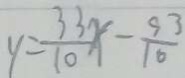
y = \frac { 3 3 } { 1 0 } x - \frac { 9 3 } { 1 0 }